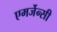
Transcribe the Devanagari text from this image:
एमर्जेन्सी